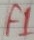
Text: F1